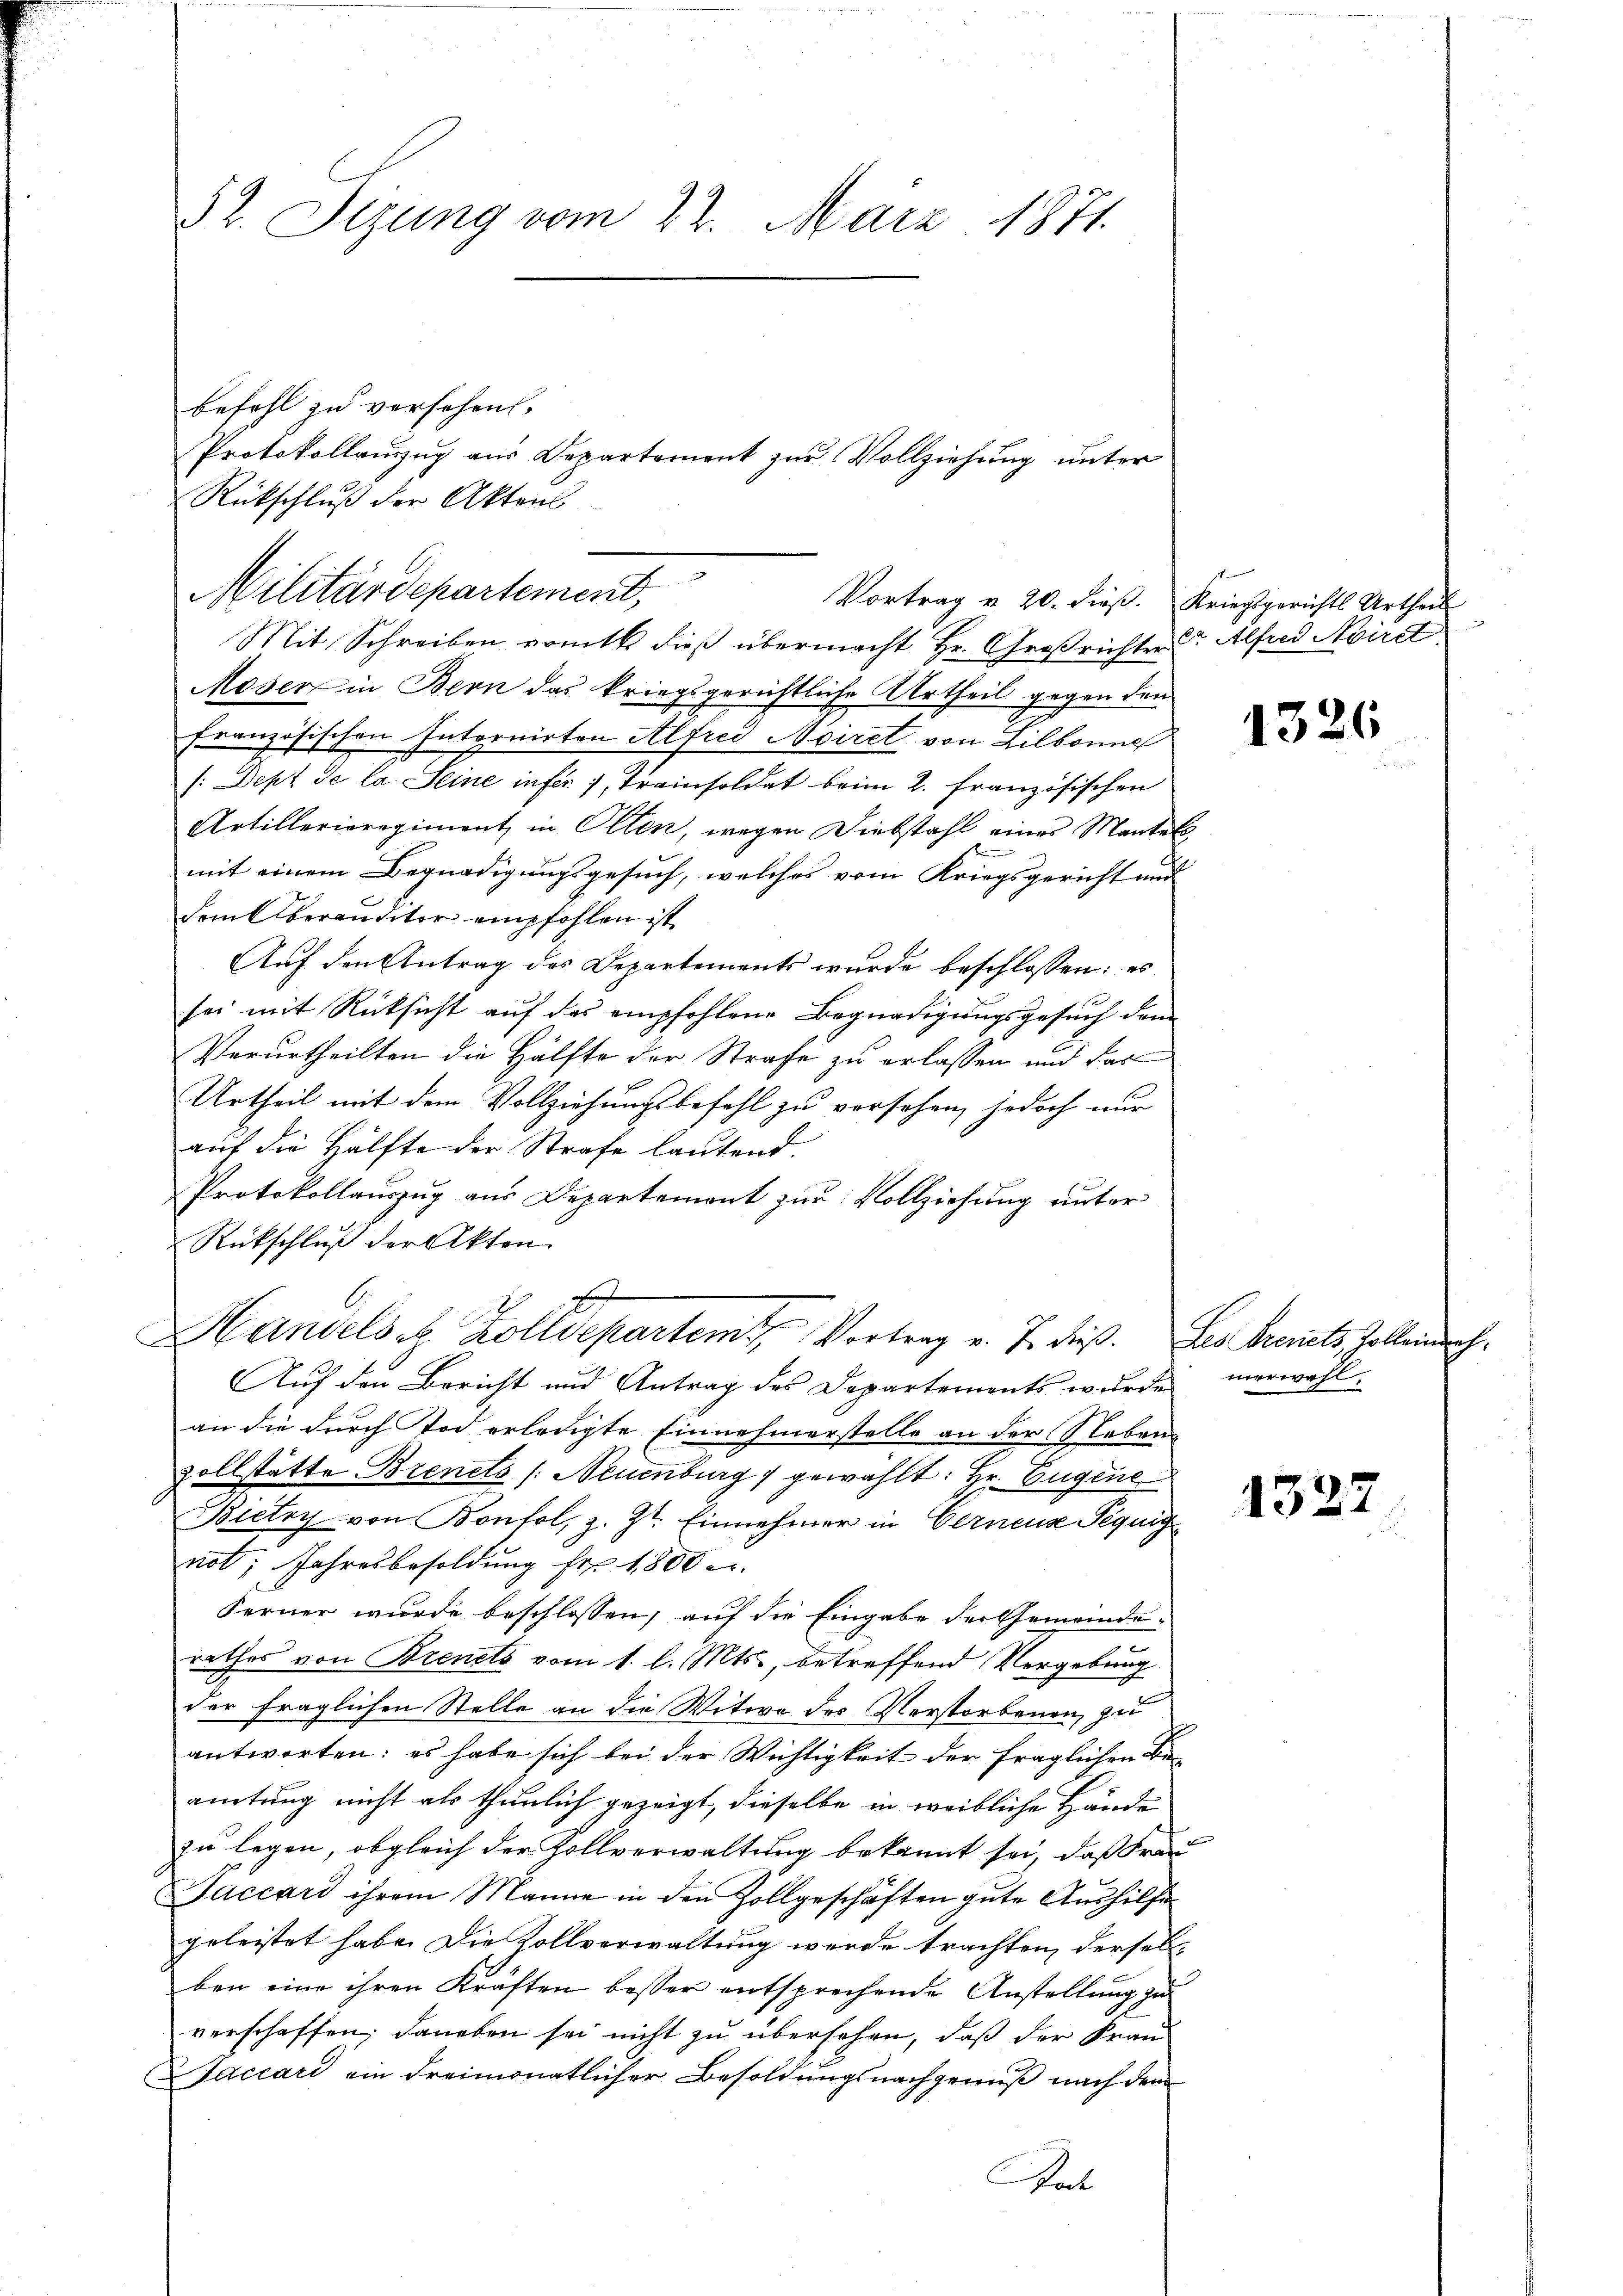
52. Sizung vom 22. März 1871.

Mit Schreiben vom 16 dieß übermacht Hr. Großrichter Alfred Nirst
Moser in Bern das kriegsgerichtliche Urtheil gegen den
Französischen Internirten Alfred Aviret von Lilbonne
/:Dept. Se la Seine infer 1, Trainsoldat beim 2. Französischen
Artillerieregiment in Olten, wegen Diebstahl eines Mantels
mit einem Begnadigungsgesuch, welches vom Kriegsgericht und
dem Aberauditor empfohlen ist
Auf den Antrag des Departements wurde beschlossen: es
sei mit Rücksicht auf das empfohlene Begnadigungsgesuch dem
Verurtheilten die Hälfte der Strafe zu erlassen und Fast
Urtheil mit dem Vollziehungsbefehl zu versehen, jedoch nur
auf die Hälfte der Strafe lautend.
Protokollauszug aus Departemont zur Vollziehung unter
Rückschluß der Akten
E
Handelsee Zolldepartem Vortrag v. 7. dieß. Les Brevets Zolleinrich¬
Auf den Bericht und Antrag des Departements wŭrde verwahl.
an die durch Tod erledigte Einnehmerstelle an der Nebens
vollstätte Brenets /: Neuenburg gewählt: Hr. Eugene
Bietry von Bonfol, z. Zt. Einnehmer in Gerneus Peguig
not; Jahresbesoldung Fr. 1800 e
Ferner wurde beschlossen, auf die Eingabe der Gemeinderathes von Brenets vom 1. l. Mts., betreffend Vergebung
der fraglichen Stelle an die Witwe des Verstorbenen zu
antworten: es habe sich bei der Wichtigkeit der fraglichen Beamtung nicht als thunlich gezeigt, dieselbe in weibliche Hände
zu legen, obgleich der Zollverwaltung bekannt sei, daß Fra
Jaccari ihrem Manne in den Zollgeschäften gute Aushilfe
geleistet habe. Die Zollverwaltung werde trachten, derselb-
ben eine ihren Kräften besser entsprechende Anstellung zu
verschaffen; daneben sei nicht zu übersehen, daß der Fran-
Jaccari ein dreimonatlicher Besoldungsnachgewiß nach dem
hat

befohl zu versehen.
Rückschluß der Aktens
Militärdepartement,
Vortrag u. 20. dieβ. Kriegsgerichts Urtheil

Protokollauszug aus Departement zur Vollziehung unter

1326

1325